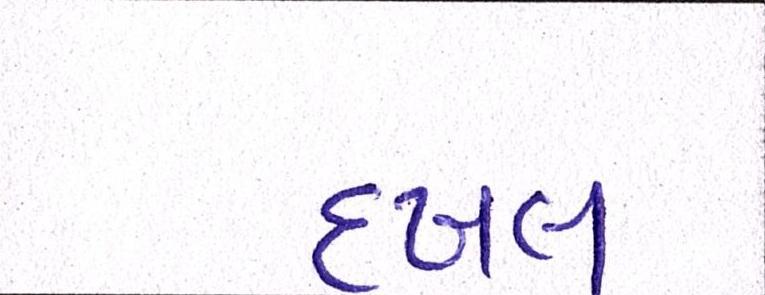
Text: દખલ